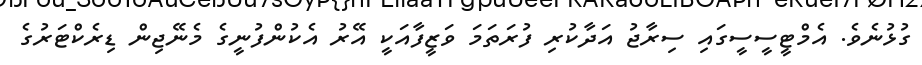
ގުޅުނެވެ. އެމްޓީސީސީގައި ސިރާޖު އަދާކުރި ފުރަތަމަ ވަޒީފާއަކީ އޭރު އެކުންފުނީގެ މެނޭޖިން ޑިރެކްޓަރުގެ